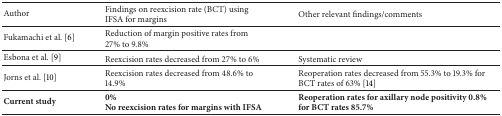
| Author | Findings on reexcision rate (BCT) using IFSA for margins | Other relevant findings/comments |
 | --- | --- | --- |
 | Fukamachi et al. [6] | Reduction of margin positive rates from 27% to 9.8% |  |
 | Esbona et al. [9] | Reexcision rates decreased from 27% to 6% | Systematic review |
 | Jorns et al. [10] | Reexcision rates decreased from 48.6% to 14.9% | Reoperation rates decreased from 55.3% to 19.3% for BCT rates of 63% [14] |
 | Current study | 0% No reexcision rates for margins with IFSA | Reoperation rates for axillary node positivity 0.8% for BCT rates 85.7% |